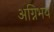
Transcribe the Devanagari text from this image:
अग्निभय